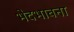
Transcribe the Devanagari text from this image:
भेदभावना